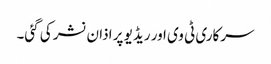
سرکاری ٹی وی اور ریڈیو پر اذان نشر کی گئی۔